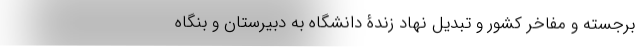
برجسته و مفاخر کشور و تبدیل نهاد زندۀ دانشگاه به دبیرستان و بنگاه